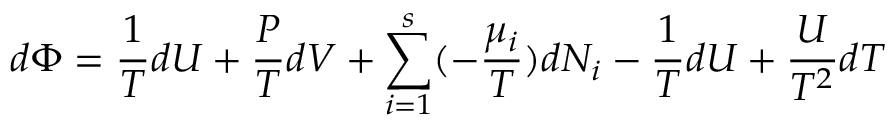
d \Phi = { \frac { 1 } { T } } d U + { \frac { P } { T } } d V + \sum _ { i = 1 } ^ { s } ( - { \frac { \mu _ { i } } { T } } ) d N _ { i } - { \frac { 1 } { T } } d U + { \frac { U } { T ^ { 2 } } } d T